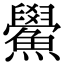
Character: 鱟